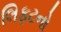
લિફટનો